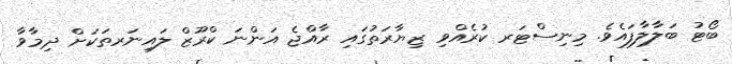
ބޯޓު ބަލާލާފައެވެ. މިނިސްޓަރ ކުރެއްވި ޒިޔާރަތުގައި ރާއްޖެ އަންނަ ކްރޫޒް ލައިނަރތަކަށް ދިމާވާ